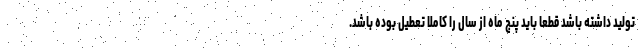
تولید داشته باشد قطعاً باید پنج ماه از سال را کاملاً تعطیل بوده باشد.